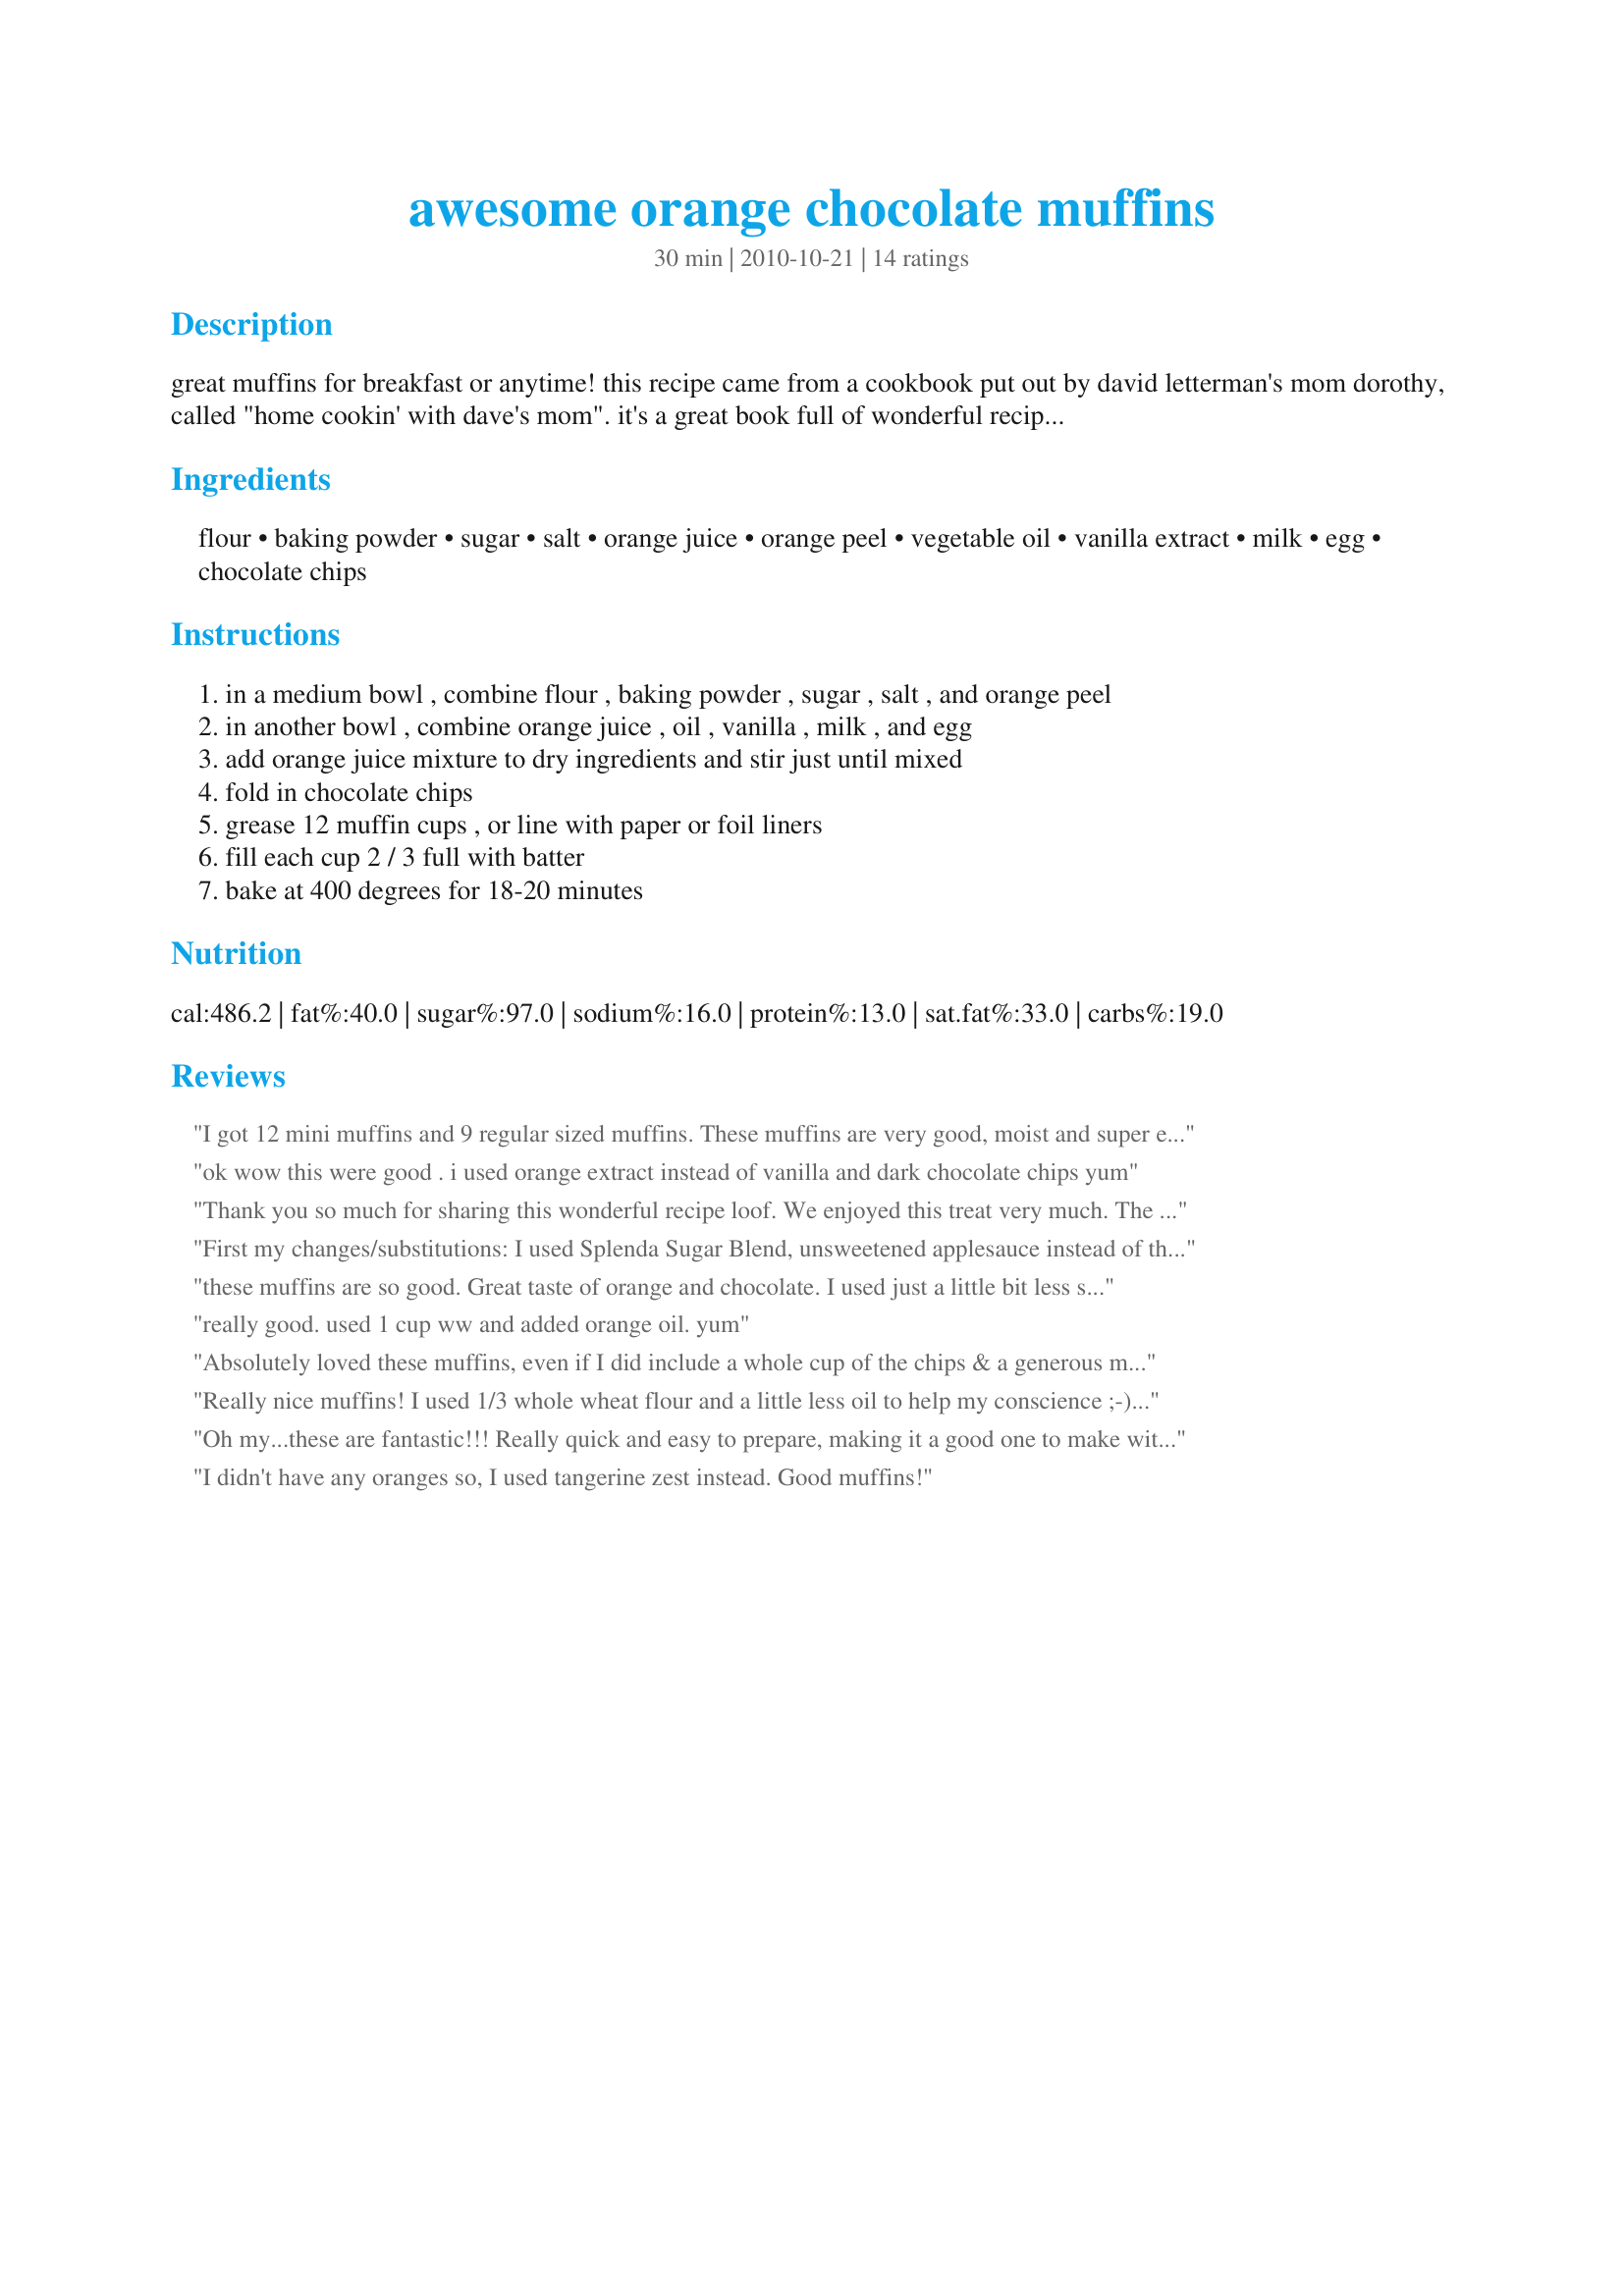
awesome orange chocolate muffins
Preparation time: 30 minutes

great muffins for breakfast or anytime! this recipe came from a cookbook put out by david letterman's mom dorothy, called "home cookin' with dave's mom". it's a great book full of wonderful recipes and sweet stories!

Ingredients:
flour, baking powder, sugar, salt, orange juice, orange peel, vegetable oil, vanilla extract, milk, egg, chocolate chips

Steps:
in a medium bowl , combine flour , baking powder , sugar , salt , and orange peel
in another bowl , combine orange juice , oil , vanilla , milk , and egg
add orange juice mixture to dry ingredients and stir just until mixed
fold in chocolate chips
grease 12 muffin cups , or line with paper or foil liners
fill each cup 2 / 3 full with batter
bake at 400 degrees for 18-20 minutes

Reviews:
I got 12 mini muffins and 9 regular sized muffins. These muffins are very good, moist and super easy. I wonder if you could use more orange juice and just cut out the milk (I used almond milk)? It took about 10 minutes for the minis to bake and 18 for the other. Made for my fellow Chef Gone Wild for ZWT8. Thanks loof! :)
ok wow this were good . i used orange extract instead of vanilla and dark chocolate chips yum
Thank you so much for sharing this wonderful recipe loof. We enjoyed this treat very much. The flavor of the muffins is outstanding and the texture is incredible, crunchy and soft and tender on the inside. I added the batter to little cake pans instead of muffins pan, they turned out perfectly. I took them to my neighbors and they were enjoyed by all. Into my keeper box this goes.
First my changes/substitutions: I used Splenda Sugar Blend, unsweetened applesauce instead of the oil and orange extract instead of vanilla extract. The end result was DELICIOUS. The muffins were fluffy and moist and the combination of orange and chocolate was perfect. I got 15 muffins instead of 12 which is a bonus. :) I took some over to my in-laws and they thought the muffins were very good too. I stored them in the refrigerator, then when I was in the mood for a muffin, I would pop it into the microwave for 10-15 seconds and it tasted like it just came out of the oven. Made for June 2013 Aus/NZ Swap.
these muffins are so good. Great taste of orange and chocolate. I used just a little bit less sugar. Thanks Loof :) Made for 123 hit wonders
really good. used 1 cup ww and added orange oil. yum
Absolutely loved these muffins, even if I did include a whole cup of the chips & a generous measure of the orange zest! So flavorful & moist! Shared these with a neighbor couple, & they got raves there, too! Definitely on my to-make-again list! Thanks for posting the recipe! [Made & reviewed in 1-2-3 Hits recipe tag]
Really nice muffins! I used 1/3 whole wheat flour and a little less oil to help my conscience ;-). The family loved them even though the boys would like me to add more sugar next time....
Oh my...these are fantastic!!! <br/>Really quick and easy to prepare, making it a good one to make with 4 year old DD.<br/>We made 16 mini muffins and a dozen slightly larger ones...and we started feasting a few minutes after they emerged from the oven....they were awesome...moist, light and flavoursome !!!<br/>A real keeper for us-thank you so much loof x
I didn't have any oranges so, I used tangerine zest instead. Good muffins!
Photo may be seen here, in the Savor gallery: www.annacia.com. First I really love that this recipe isn&#039;t too sweet. The orange flavor is less pronounced than I expected and I suspect that any more sweetness would really overpower the delicate orange. The muffins baked up high, light and fluffy. Even though I used 1/2 a cup of dark chocolate chips that flavor was still the strongest in the muffin (not that thats a bad thing at all!). I should say that I used Splenda and a couple of tablespoons less oil.
Great muffin. Very light and flavorful. I subbed orange extract for the vanilla also, for a little more orange taste. Also not too sweet!
Sunshine and joy, light and tasty, easy-peasy for a non-baker like me. As soon as I finished this batch I had to promise to bake another. I used semi-sweet chocolate, might try bittersweet next time. Yes, they are awesome! Made for Please Review My Recipe tag game.
these are really good! a little denser then the other muffins I make, but very tasty! I made one batch of large muffins, and then a batch of mini's. I cut down the choc chips in the mini's, and I would also cut the chips in the large ones next time. I used orange essence, as suggested. I think I will also try them with white chips. Thanks for a great recipe Loof. made for Aussie swap June 2012.
